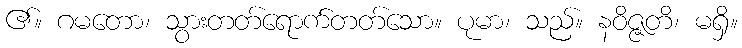
၏။ ဂမတော၊ သွားတတ်ရောက်တတ်သော။ ပုမာ၊ သည်။ နဝိဇ္ဇတိ၊ မရှိ။